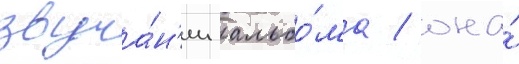
звуча́н'ии альбо́ма / она́